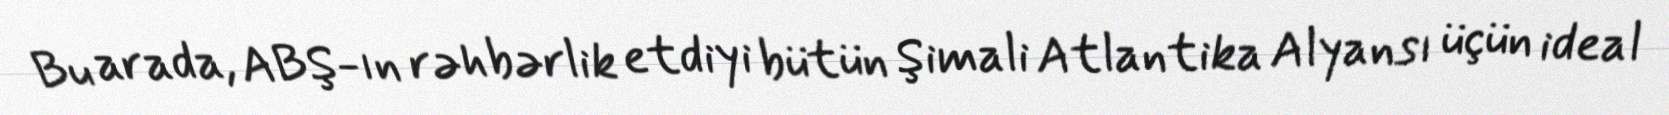
Bu arada, ABŞ-ın rəhbərlik etdiyi bütün Şimali Atlantika Alyansı üçün ideal